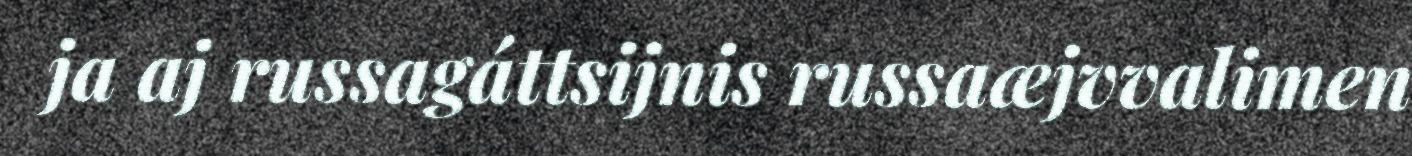
ja aj russagáttsijnis russaæjvvalimen